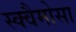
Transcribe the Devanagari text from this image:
स्क्वैमोसा